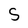
Character: S